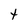
Character: t